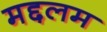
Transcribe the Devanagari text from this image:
मद्दलम